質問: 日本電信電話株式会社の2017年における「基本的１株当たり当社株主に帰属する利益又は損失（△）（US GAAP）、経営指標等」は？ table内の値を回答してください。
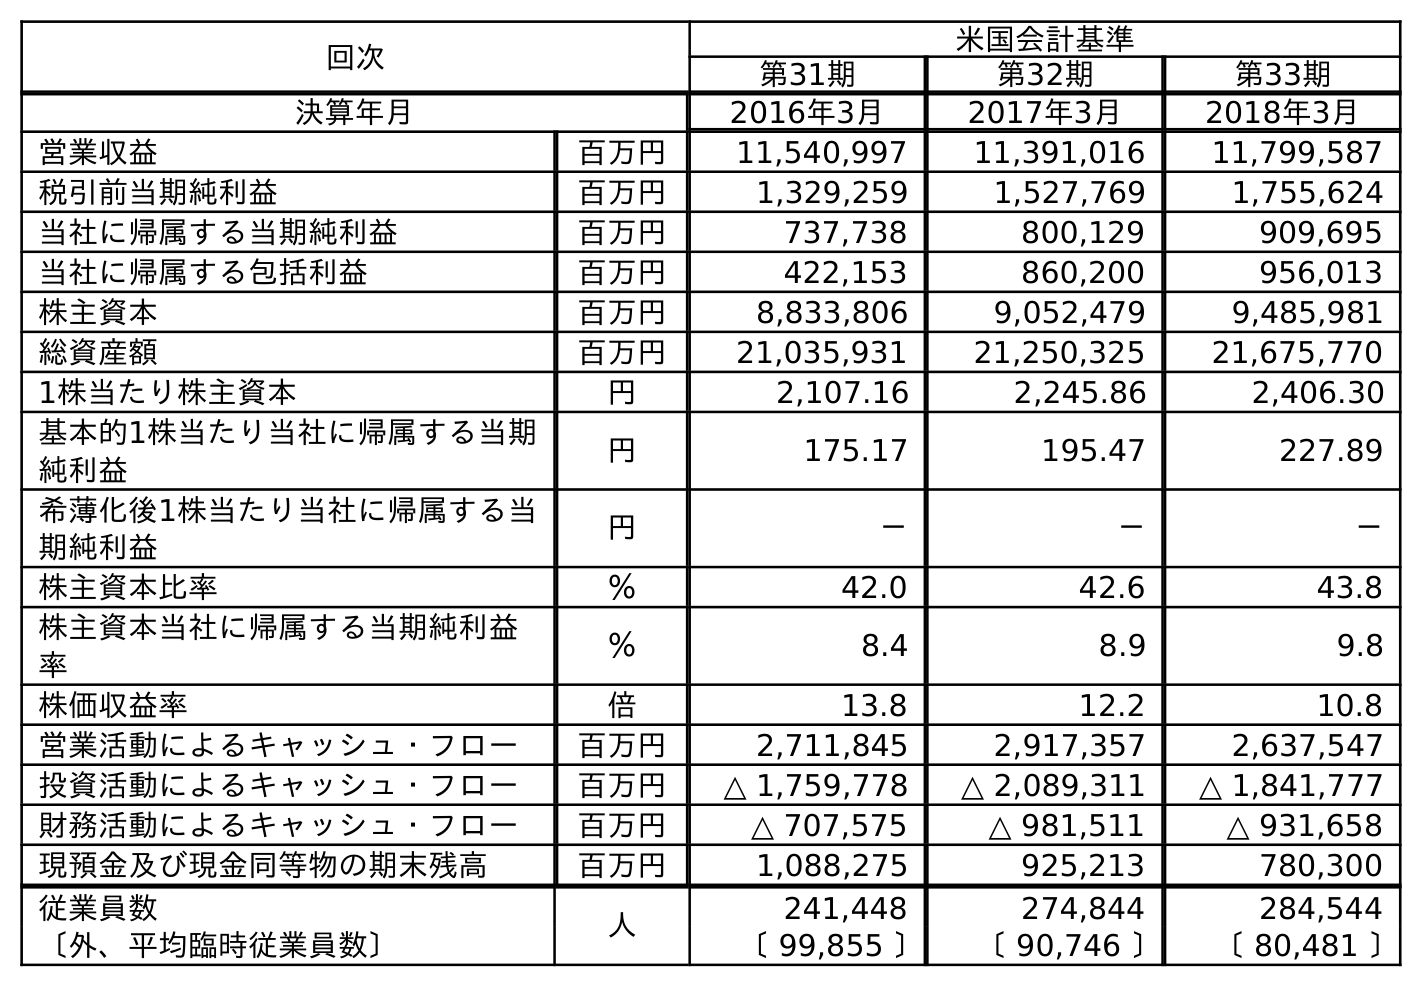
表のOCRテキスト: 回次 米国会計基準 第31期 第32期 第33期 決算年月 2016年3月 2017年3月 2018年3月 営業収益 百万円 11,540,997 11,391,016 11,799,587 税引前当期純利益 百万円 1,329,259 1,527,769 1,755,624 当社に帰属する当期純利益 百万円 737,738 800,129 909,695 当社に帰属する包括利益 百万円 422,153 860,200 956,013 株主資本 百万円 8,833,806 9,052,479 9,485,981 総資産額 百万円 21,035,931 21,250,325 21,675,770 1株当たり株主資本 円 2,107.16 2,245.86 2,406.30 基本的1株当たり当社に帰属する当期 純利益 円 175.17 195.47 227.89 希薄化後1株当たり当社に帰属する当 期純利益 円 － － － 株主資本比率 ％ 42.0 42.6 43.8 株主資本当社に帰属する当期純利益 率 ％ 8.4 8.9 9.8 株価収益率 倍 13.8 12.2 10.8 営業活動によるキャッシュ・フロー 百万円 2,711,845 2,917,357 2,637,547 投資活動によるキャッシュ・フロー 百万円 △ 1,759,778 △ 2,089,311 △ 1,841,777 財務活動によるキャッシュ・フロー 百万円 △ 707,575 △ 981,511 △ 931,658 現預金及び現金同等物の期末残高 百万円 1,088,275 925,213 780,300 従業員数 人 241,448 274,844 284,544 〔外、平均臨時従業員数〕 〔 99,855 〕 〔 90,746 〕 〔 80,481 〕
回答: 195.47